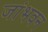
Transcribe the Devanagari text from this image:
जांभवन